Sanitation, dispensaries and jails vaccination Rajputana 1922-1927 - 1922-1927
Year: 1922
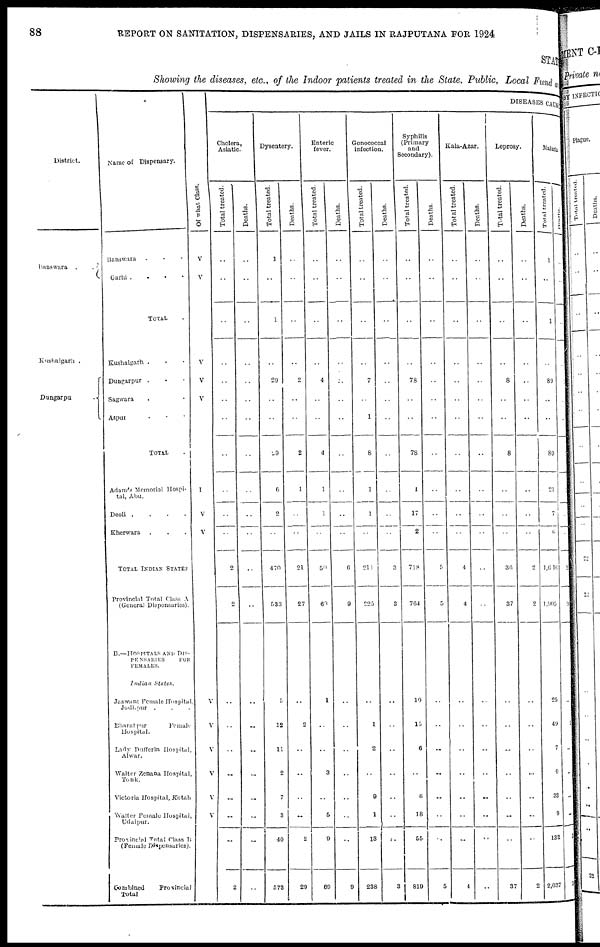
88
REPORT ON SANITATION, DISPENSARIES, AND JAILS IN RAJPUTANA FOR 1924
STATE
Showing the diseases, etc., of the Indoor patients treated in the State, Public, Local Fund and
District.
Banswara .
.
Kushalgarh .
Dungarpur
.
Name of Dispensary.
Banswara . . .
Garhi . . . .
TOTAL .
Kushalgarh . . .
Dungarpur . . .
Sagwara . . .
Aspur . . .
TOTAL .
Adam's Memorial Hospi-
tal, Abu.
Deoli .
.
.
.
Kherwara . . .
TOTAL INDIAN STATES
Provincial Total Class A
(General Dispensaries).
B.—HOSPITALS AND DIS-
PENSARIES
FOR
FEMALES.
Indian
States.
Jaswant Female Hospital,
Jodhpur . . .
Bharatpur
Female
Hospital.
Lady Dufferin Hospital,
Alwar.
Walter Zenana Hospital,
Tonk.
Victoria Hospital, Kotah
Walter Female Hospital,
Udaipur.
Provincial Total Class B
(Female Dispensaries).
Combined
Provincial
Total
Of what Class.
V
V
V
V
V
I
V
V
V
V
V
V
V
V
DISEASES CAUSE
Cholera,
Asiatic.
Total treated.
..
..
..
..
..
..
..
..
..
..
..
2
2
..
..
..
..
..
..
..
2
Deaths.
..
..
..
..
..
..
..
..
..
..
..
..
..
..
..
..
..
..
..
..
..
Dysentery.
Total treated.
1
..
1
..
29
..
..
29
6
2
..
470
533
5
12
11
2
7
3
40
573
Deaths.
..
..
..
..
2
..
..
2
1
..
..
21
27
..
2
..
..
..
..
2
29
Enteric
fever.
Total treated.
..
..
..
..
4
..
..
4
1
1
..
59
60
1
..
..
3
..
5
9
69
Deaths.
..
..
..
..
..
..
..
..
..
..
..
6
9
..
..
..
..
..
..
..
9
Gonococcal
infection.
Total treated.
..
..
..
..
7
..
1
8
1
1
..
211
225
..
1
2
..
9
1
13
238
Deaths.
..
..
..
..
..
..
..
..
..
..
..
3
3
..
..
..
..
..
..
..
3
Syphilis
(Primary
and
Secondary).
Total treated.
..
..
..
..
78
..
..
78
1
17
2
718
764
10
15
6
..
6
18
55
819
Deaths.
..
..
..
..
..
..
..
..
..
..
..
5
5
..
..
..
..
..
..
..
5
Kala-Azar.
Total treated.
..
..
..
..
..
..
..
..
..
..
..
4
4
..
..
..
..
..
..
..
4
Deaths.
..
..
..
..
..
..
..
..
..
..
..
..
..
..
..
..
..
..
..
..
..
Leprosy.
Total treated.
..
..
..
..
8
..
..
8
..
..
..
36
37
..
..
..
..
..
..
..
37
Deaths.
..
..
..
..
..
..
..
..
..
..
..
2
2
..
..
..
..
..
..
..
2
Malaria.
Total treated.
1
..
1
..
89
..
..
89
21
7
6
1,616
1,905
25
49
7
9
33
9
132
2,037
Deaths.
..
..
..
..
1
..
..
1
1
..
..
25
25
..
3
..
..
..
..
3
28